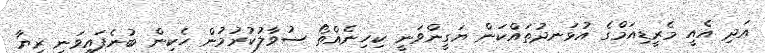
އަދި އެއީ މެރީޑިއަމްގެ އުޅަނދުތައްކަން ޔަގީންވަނީ ކިހިނެއްތޯ ސުވާލުކުރުމުން ހެކިން ބުނެފައިވަނީ ރިޔާ